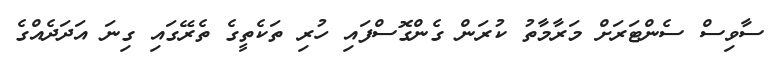
ސާވިސް ސެންޓަރަށް މަރާމާތު ކުރަން ގެންގޮސްފައި ހުރި ތަކެތީގެ ތެރޭގައި ގިނަ އަދަދެއްގެ